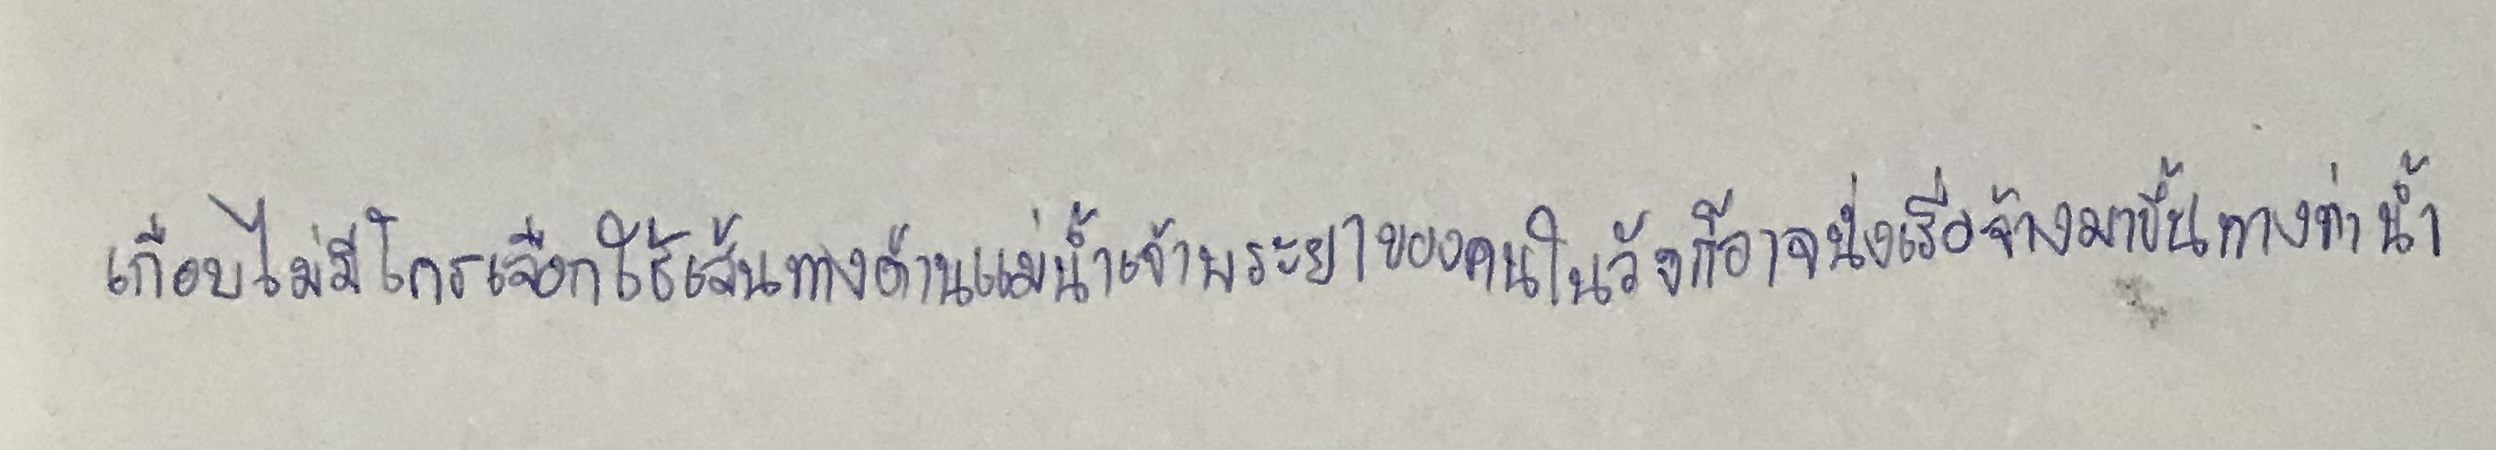
เกือบไม่มีใครเลีอกใช้เส้นทางด้านแม่น้ำเจ้าพระยาของคนในวังก็อาจนั่งเรือจ้างมาขึ้นทางท่าน้ำ